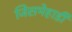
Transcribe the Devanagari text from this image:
जिसमेहार्डी